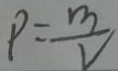
P = \frac { m } { V }